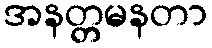
အနတ္တမနတာ